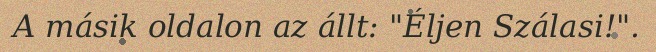
A másik oldalon az állt: "Éljen Szálasi!".